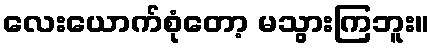
လေးယောက်စုံတော့ မသွားကြဘူး။